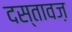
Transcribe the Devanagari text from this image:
दस्तावज़